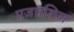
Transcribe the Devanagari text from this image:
प्रजन्नशिल